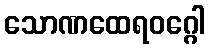
သောဏထေရဝဂ္ဂေါ